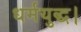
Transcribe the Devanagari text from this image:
धर्मयुद्ध।